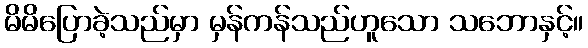
မိမိပြောခဲ့သည်မှာ မှန်ကန်သည်ဟူသော သဘောနှင့်။